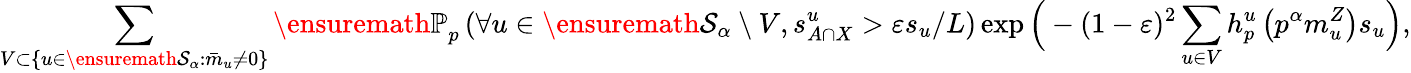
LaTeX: \sum_{V\subset\{ u\in\ensuremath{\mathcal S}_{\alpha}:\bar{m}_{u}\neq 0\} }{\ensuremath{\mathbb P}}_{p}\left(\forall u\in\ensuremath{\mathcal S}_{\alpha}\setminus V,s_{A\cap X}^{u}>\varepsilon s_{u}/L\right)\exp\Big(-(1-\varepsilon)^{2}\sum_{u\in V}h_{p}^{u}\left(p^{\alpha}m_{u}^{Z}\right)s_{u}\Big),